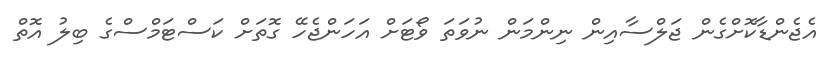
އެޖެންޑާކޮށްގެން ޖަލްސާއިން ނިންމަން ނުވަތަ ވޯޓަށް އަހަންޖެހޭ ގޮތަށް ކަސްޓަމްސްގެ ބިލު އޮތް